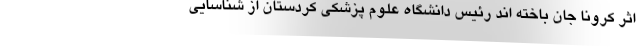
اثر کرونا جان باخته اند رئیس دانشگاه علوم پزشکی کردستان از شناسایی